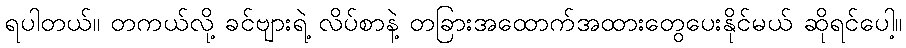
ရပါတယ်။ တကယ်လို့ ခင်ဗျားရဲ့ လိပ်စာနဲ့ တခြားအထောက်အထားတွေပေးနိုင်မယ် ဆိုရင်ပေါ့။